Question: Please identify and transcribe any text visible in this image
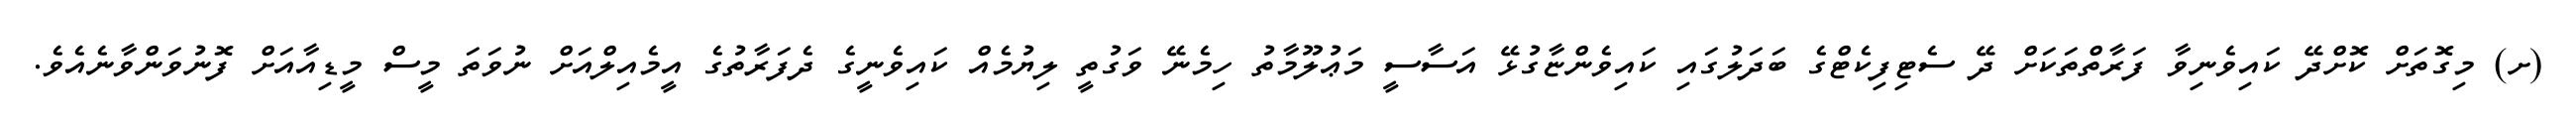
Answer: (ށ) މިގޮތަށް ކޮށްދޭ ކައިވެނިވާ ފަރާތްތަކަށް ދޭ ސެޓިފިކެޓްގެ ބަދަލުގައި ކައިވެންޏާގުޅޭ އަސާސީ މަޢުލޫމާތު ހިމެނޭ ވަގުތީ ލިޔުމެއް ކައިވެނީގެ ދެފަރާތުގެ އީމެއިލްއަށް ނުވަތަ މީސް މީޑިއާއަށް ފޮނުވަންވާނެއެވެ.